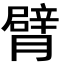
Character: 臂